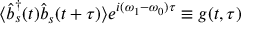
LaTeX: \langle { \hat { b } } _ { s } ^ { \dagger } ( t ) { \hat { b } } _ { s } ( t + \tau ) \rangle e ^ { i ( \omega _ { 1 } - \omega _ { 0 } ) \tau } \equiv g ( t , \tau )